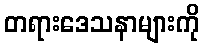
တရားဒေသနာများကို